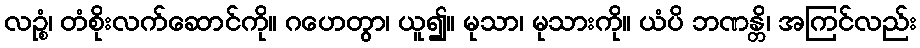
လဉ္စံ၊ တံစိုးလက်ဆောင်ကို။ ဂဟေတွာ၊ ယူ၍။ မုသာ၊ မုသားကို။ ယံပိ ဘဏန္တိ၊ အကြင်လည်း